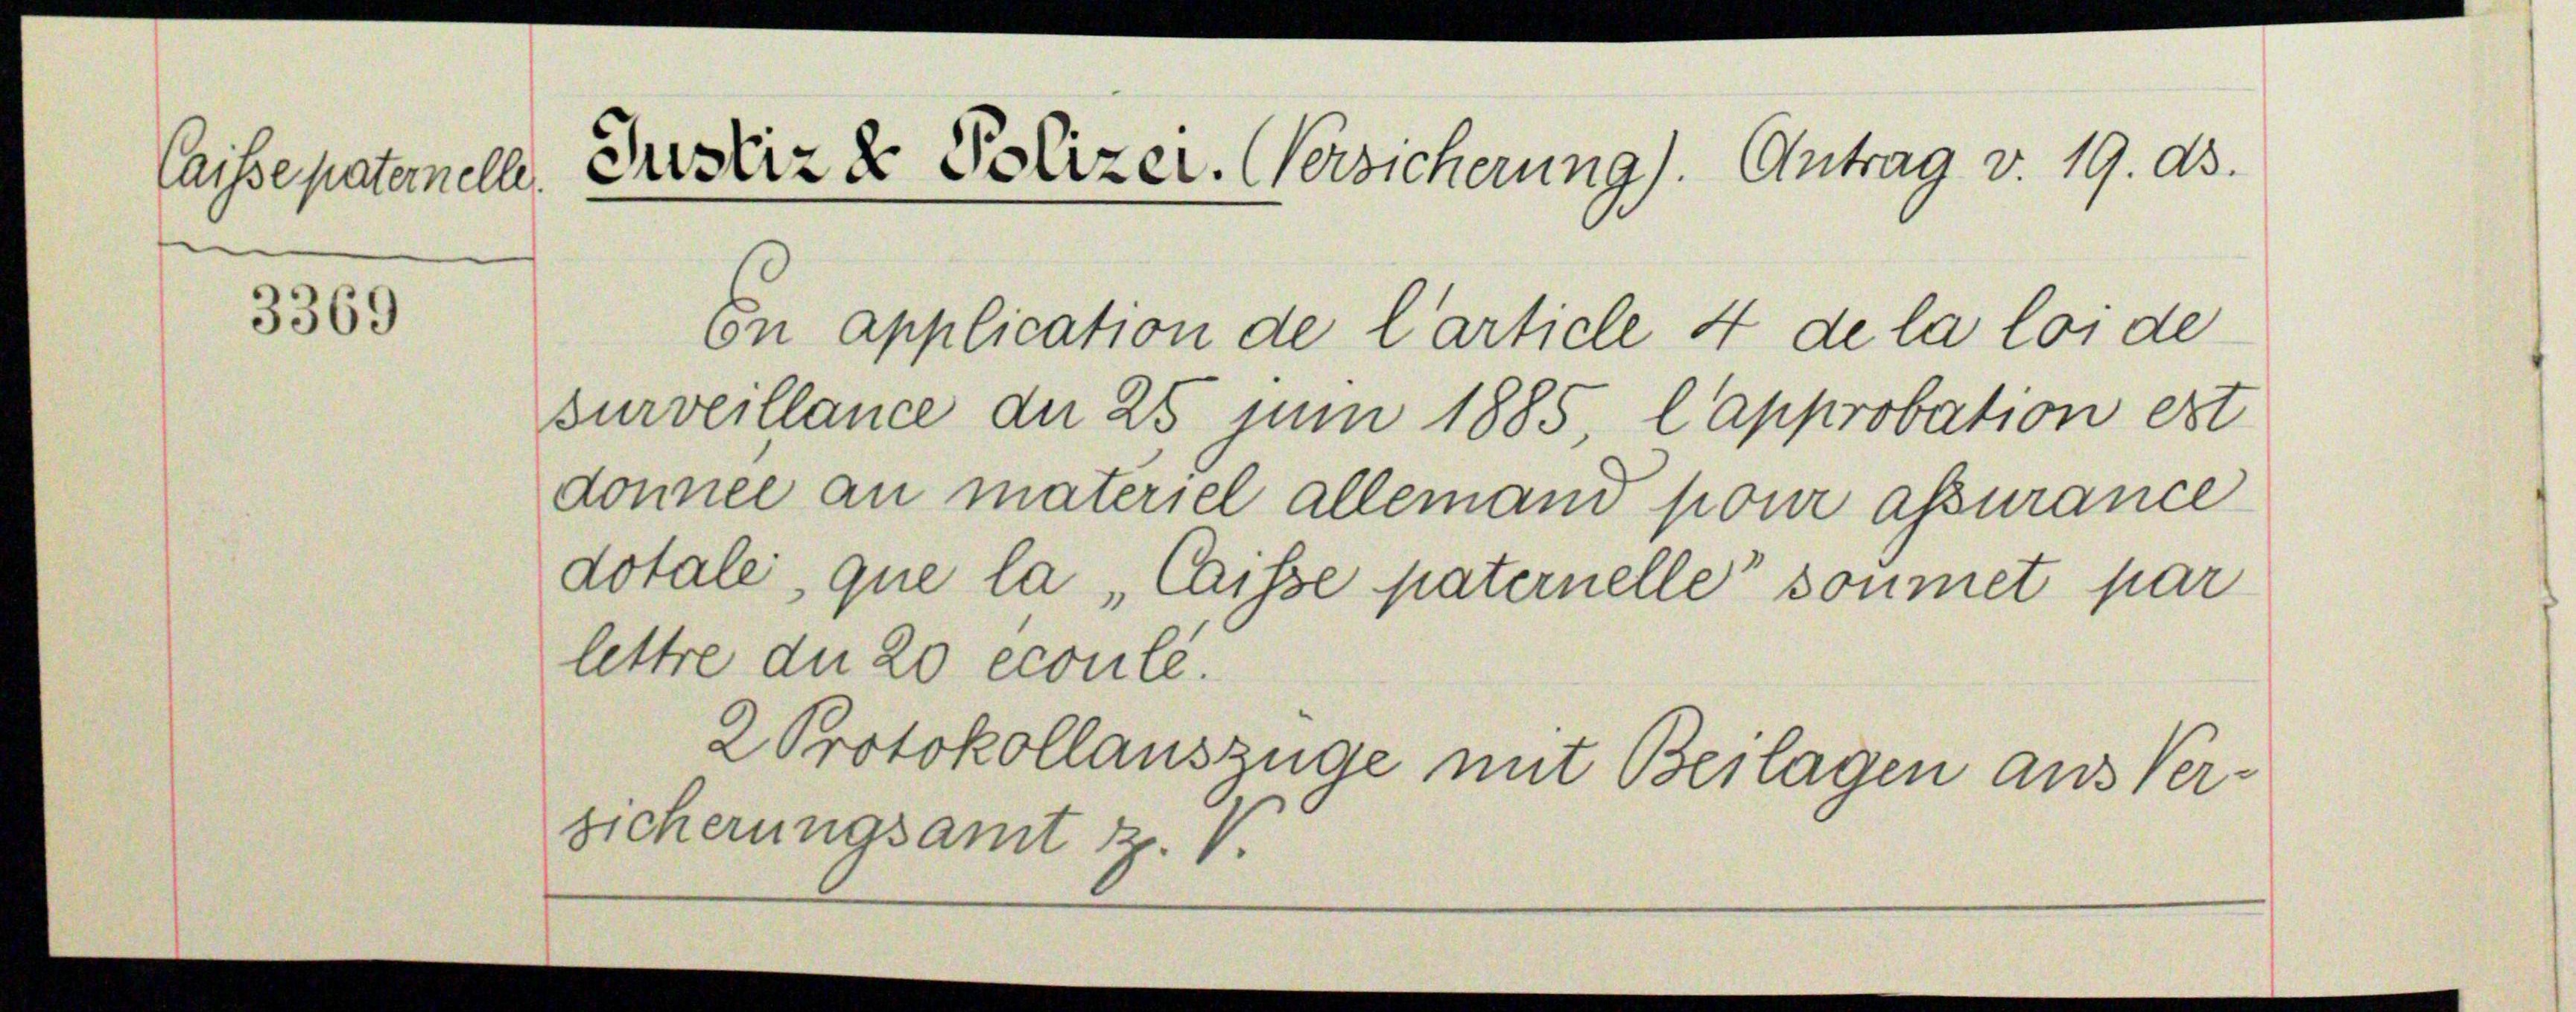
Justiz & Polizer. Versicherung). Antrag v. 19. ds.
Caisse paternelle

3369

En application de l’article 4 de la loi de
veillance de 25 juni 1885, l’approbation est
.

donnee an materiel allemand pour assurance
lettre du 20 ecoulé.
2 Protokollauszüge mit Beilagen aus Ver-
sicherungsamt Z. V.

dotale, que la Caisse paternelle soumet par